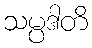
သမ္ပဒါတိ